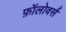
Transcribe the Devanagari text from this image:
फ़ॉलोवर्स